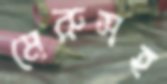
মেরুসহ